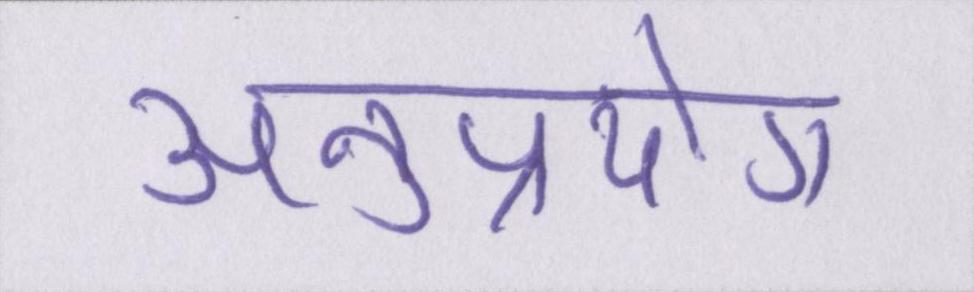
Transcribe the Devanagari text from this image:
अनुप्रयोग